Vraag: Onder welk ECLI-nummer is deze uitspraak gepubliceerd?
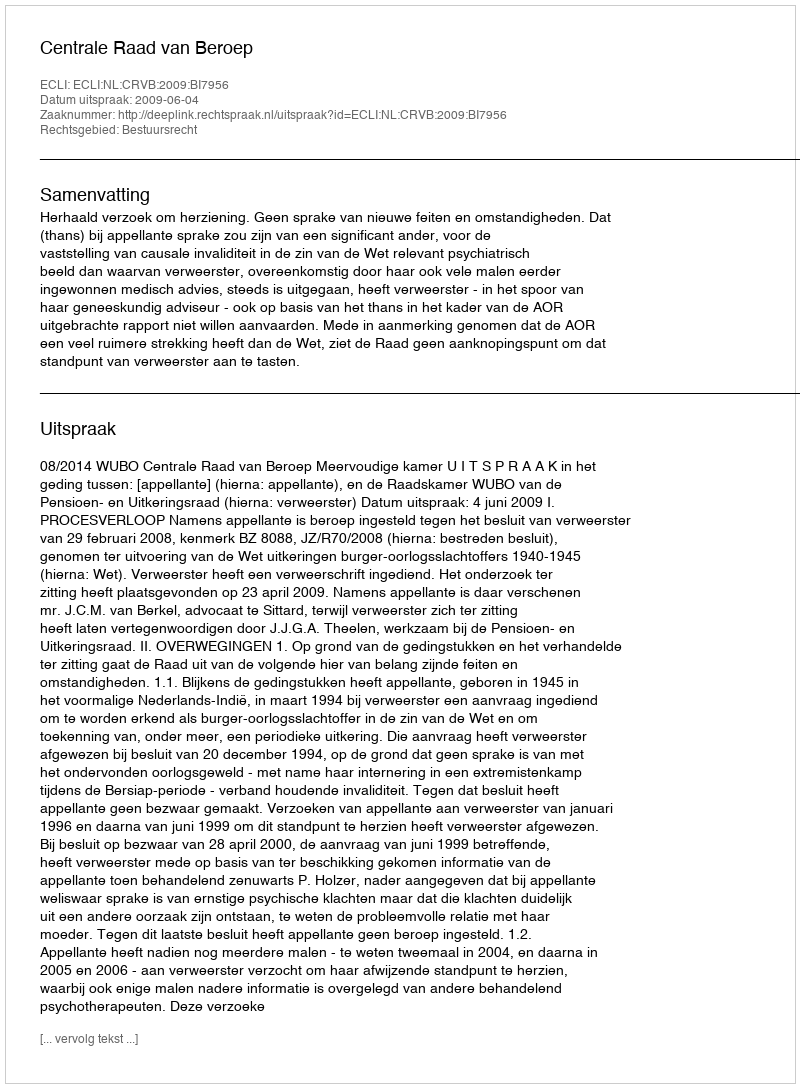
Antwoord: ECLI:NL:CRVB:2009:BI7956